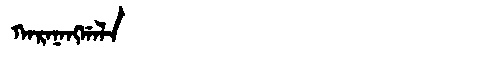
Manchu: ᡴᠠᡵᠠᠨᠠᠩᡤᠠᠯᠠ
Romanization: KARANANGGALA